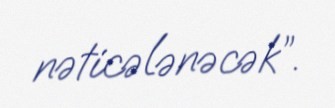
nəticələnəcək”.